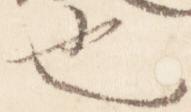
也